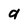
Character: a